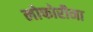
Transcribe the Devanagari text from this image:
लोफोरीना